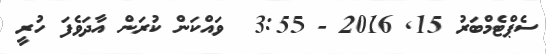
ސެޕްޓެމްބަރު 15